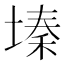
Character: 𫮔